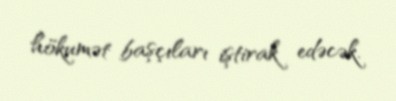
hökumət başçıları iştirak edəcək.